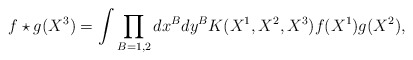
\begin{align*}f\star g(X^3)=\int\prod_{B=1,2}dx^B dy^BK(X^1,X^2,X^3)f(X^1)g(X^2),\end{align*}